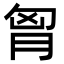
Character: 胷